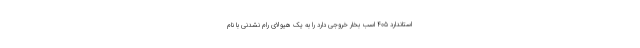
استاندارد 405 اسب بخار خروجی دارد را به یک هیولای رام نشدنی با نام